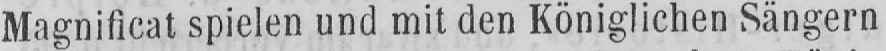
Magnificat spielen und mit den Königlichen Sängern